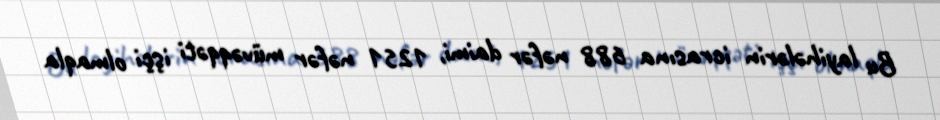
Bu layihələrin icrasına 688 nəfər daimi, 1251 nəfər müvəqqəti işçi olmaqla